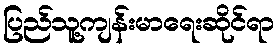
ပြည်သူ့ကျန်းမာရေးဆိုင်ရာ